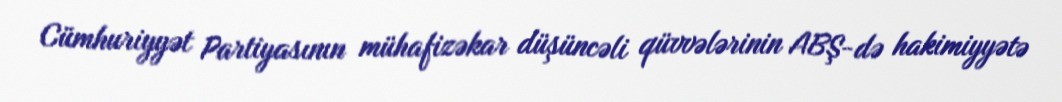
Cümhuriyyət Partiyasının mühafizəkar düşüncəli qüvvələrinin ABŞ-də hakimiyyətə